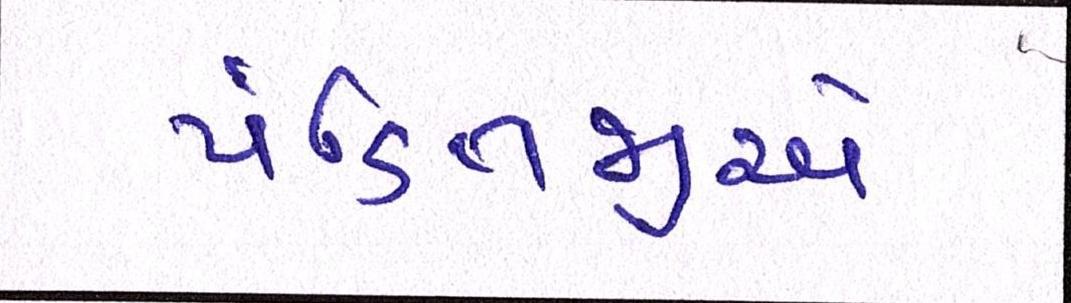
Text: પંડિતજીએ